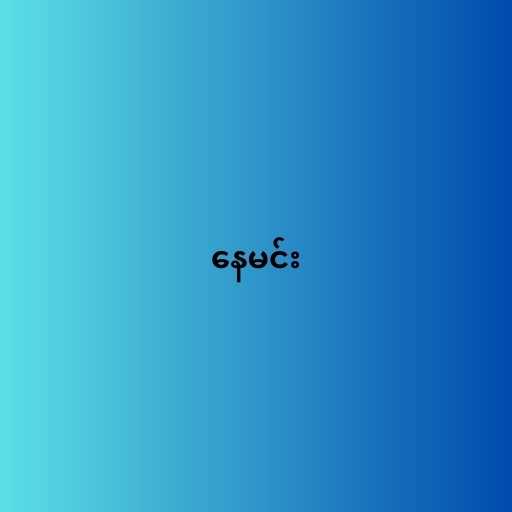
နေမင်း